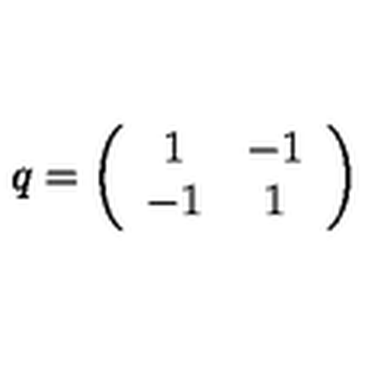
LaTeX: q = \left( \begin{array} { c c } { 1 } & { - 1 } \\ { - 1 } & { 1 } \\ \end{array} \right)